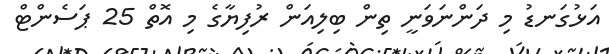
އަޅުގަނޑު މި ދަންނަވަނީ ތިން ބިލިއަން ރުފިޔާގެ މި އޮތް 25 ޕަސެންޓް